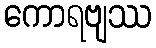
ကောရဗျဿ